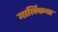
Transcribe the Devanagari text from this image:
गार्लिकचा